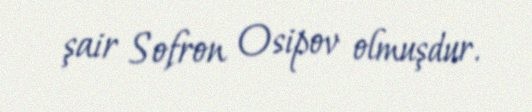
şair Sofron Osipov olmuşdur.